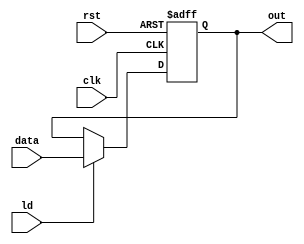
module Reg(clk, rst, ld, data, out);
input clk, rst, ld;
input[1:0] data;
output reg[1:0] out;

always @(posedge clk, posedge rst) begin
    if(rst) out = 2'b0;
    else if(ld) out = data;
end
endmodule